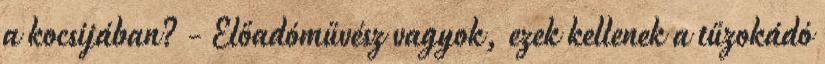
a kocsijában? - Előadóművész vagyok, ezek kellenek a tűzokádó